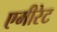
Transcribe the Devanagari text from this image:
एमीरेट